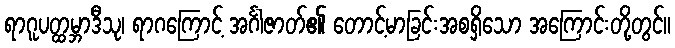
ရာဂူပတ္ထမ္ဘာဒီသု၊ ရာဂကြောင့် အင်္ဂါဇာတ်၏ တောင့်မာခြင်းအစရှိသော အကြောင်းတို့တွင်။